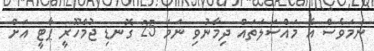
ނަމަވެސް އެ މައްސަލަތައް ދިމާނުވި ނަމަ 25 ގޮނޑި ޖުމްހޫރީ ޕާޓީ އަށް